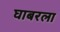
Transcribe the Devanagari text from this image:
घाबरला